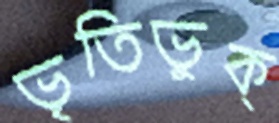
ভৃতিভুক্‌